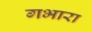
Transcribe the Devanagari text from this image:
गभारा